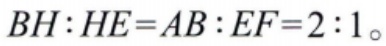
\(BH:HE = AB:EF = 2:1\)。